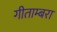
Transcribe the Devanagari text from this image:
गीताम्बरा